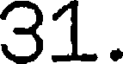
31.